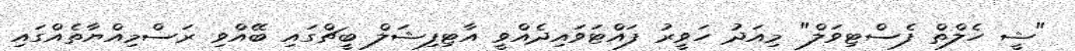
"ޝީ ހެލްތް ފެސްޓިވަލް" މިއަދު ހަވީރު ފައްޓަވައިދެއްވީ އާޓިފިޝަލް ބީޗްގައި ބޭއްވި ރަސްމިއްޔާތެއްގައި